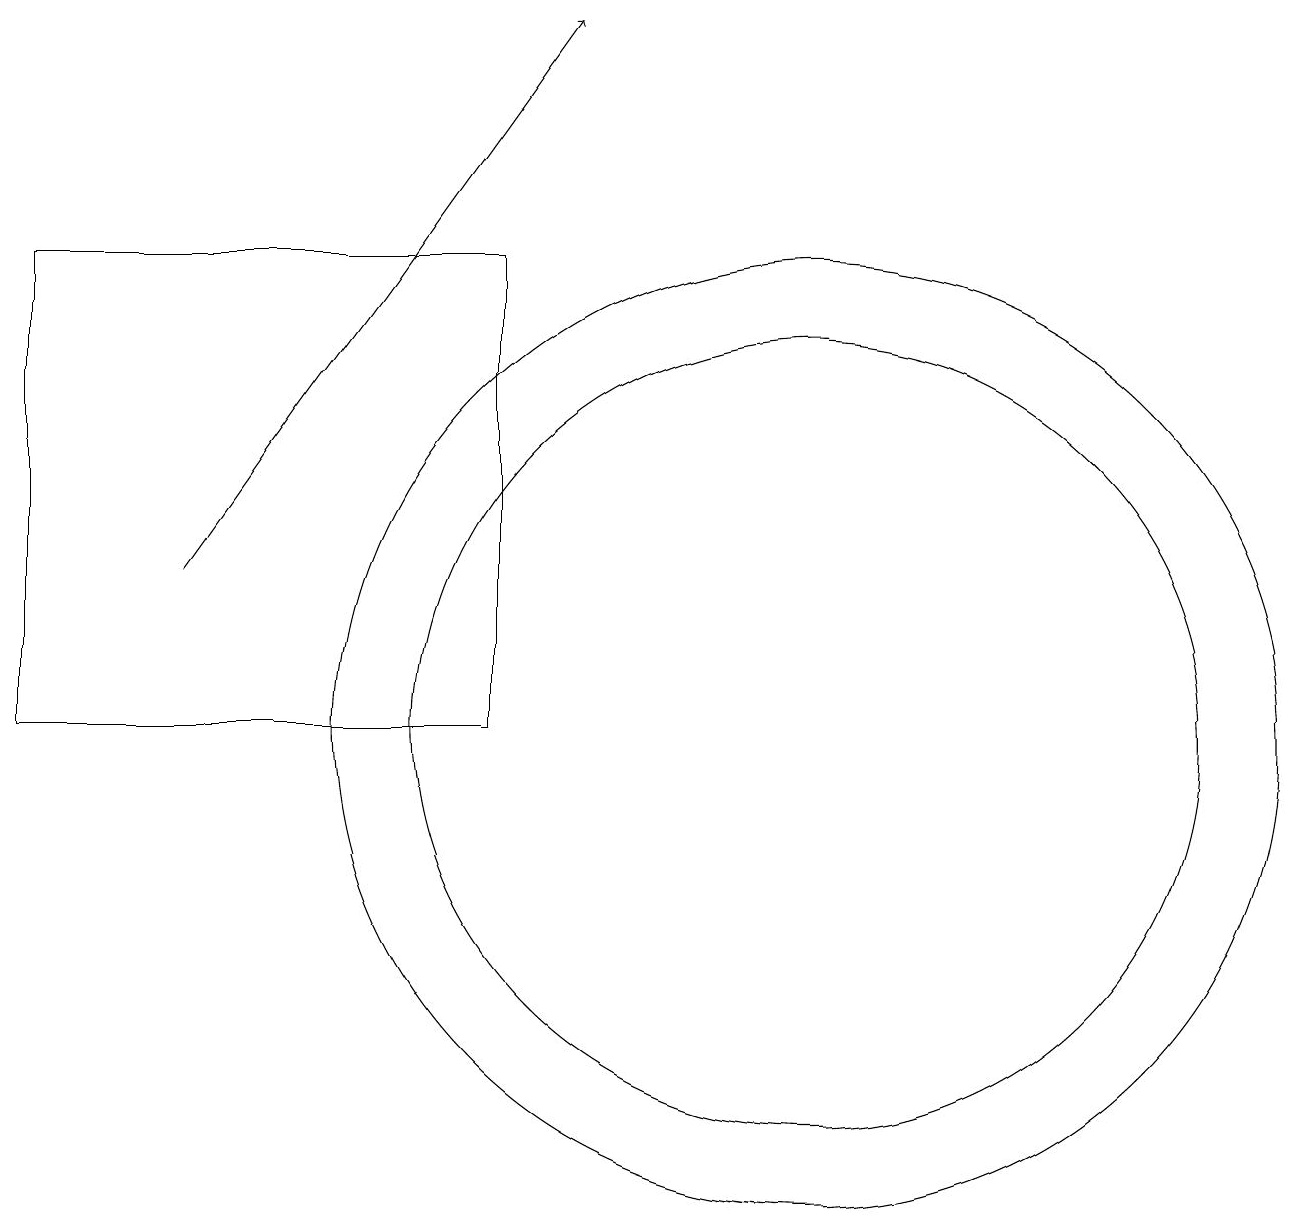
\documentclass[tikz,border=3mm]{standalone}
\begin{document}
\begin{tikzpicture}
\draw (0,10) rectangle (6,16);
\draw (10,10) circle (5);
\draw[->] (2,12) -- (7,19);
\draw (10,10) circle (6);
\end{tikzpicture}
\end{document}